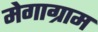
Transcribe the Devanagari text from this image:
मेगाग्राम